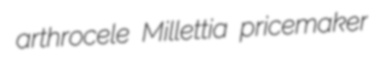
arthrocele Millettia pricemaker